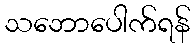
သဘောပေါက်ရန်